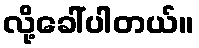
လို့ခေါ်ပါတယ်။